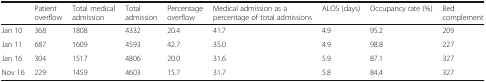
<table><thead><tr><td></td><td><b>Patient overflow</b></td><td><b>Total medical admission</b></td><td><b>Total admission</b></td><td><b>Percentage overflow</b></td><td><b>Medical admission as a percentage of total admissions</b></td><td><b>ALOS (days)</b></td><td><b>Occupancy rate (%)</b></td><td><b>Bed complement</b></td></tr></thead><tbody><tr><td>Jan 10</td><td>368</td><td>1808</td><td>4332</td><td>20.4</td><td>41.7</td><td>4.9</td><td>95.2</td><td>209</td></tr><tr><td>Jan 11</td><td>687</td><td>1609</td><td>4593</td><td>42.7</td><td>35.0</td><td>4.9</td><td>98.8</td><td>227</td></tr><tr><td>Jan 16</td><td>304</td><td>1517</td><td>4806</td><td>20.0</td><td>31.6</td><td>5.9</td><td>87.1</td><td>327</td></tr><tr><td>Nov 16</td><td>229</td><td>1459</td><td>4603</td><td>15.7</td><td>31.7</td><td>5.8</td><td>84.4</td><td>327</td></tr></tbody></table>